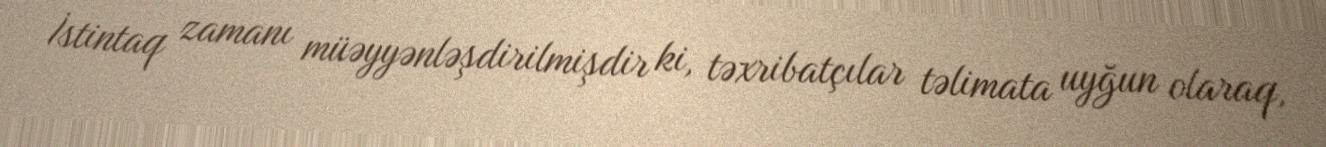
İstintaq zamanı müəyyənləşdirilmişdir ki, təxribatçılar təlimata uyğun olaraq,